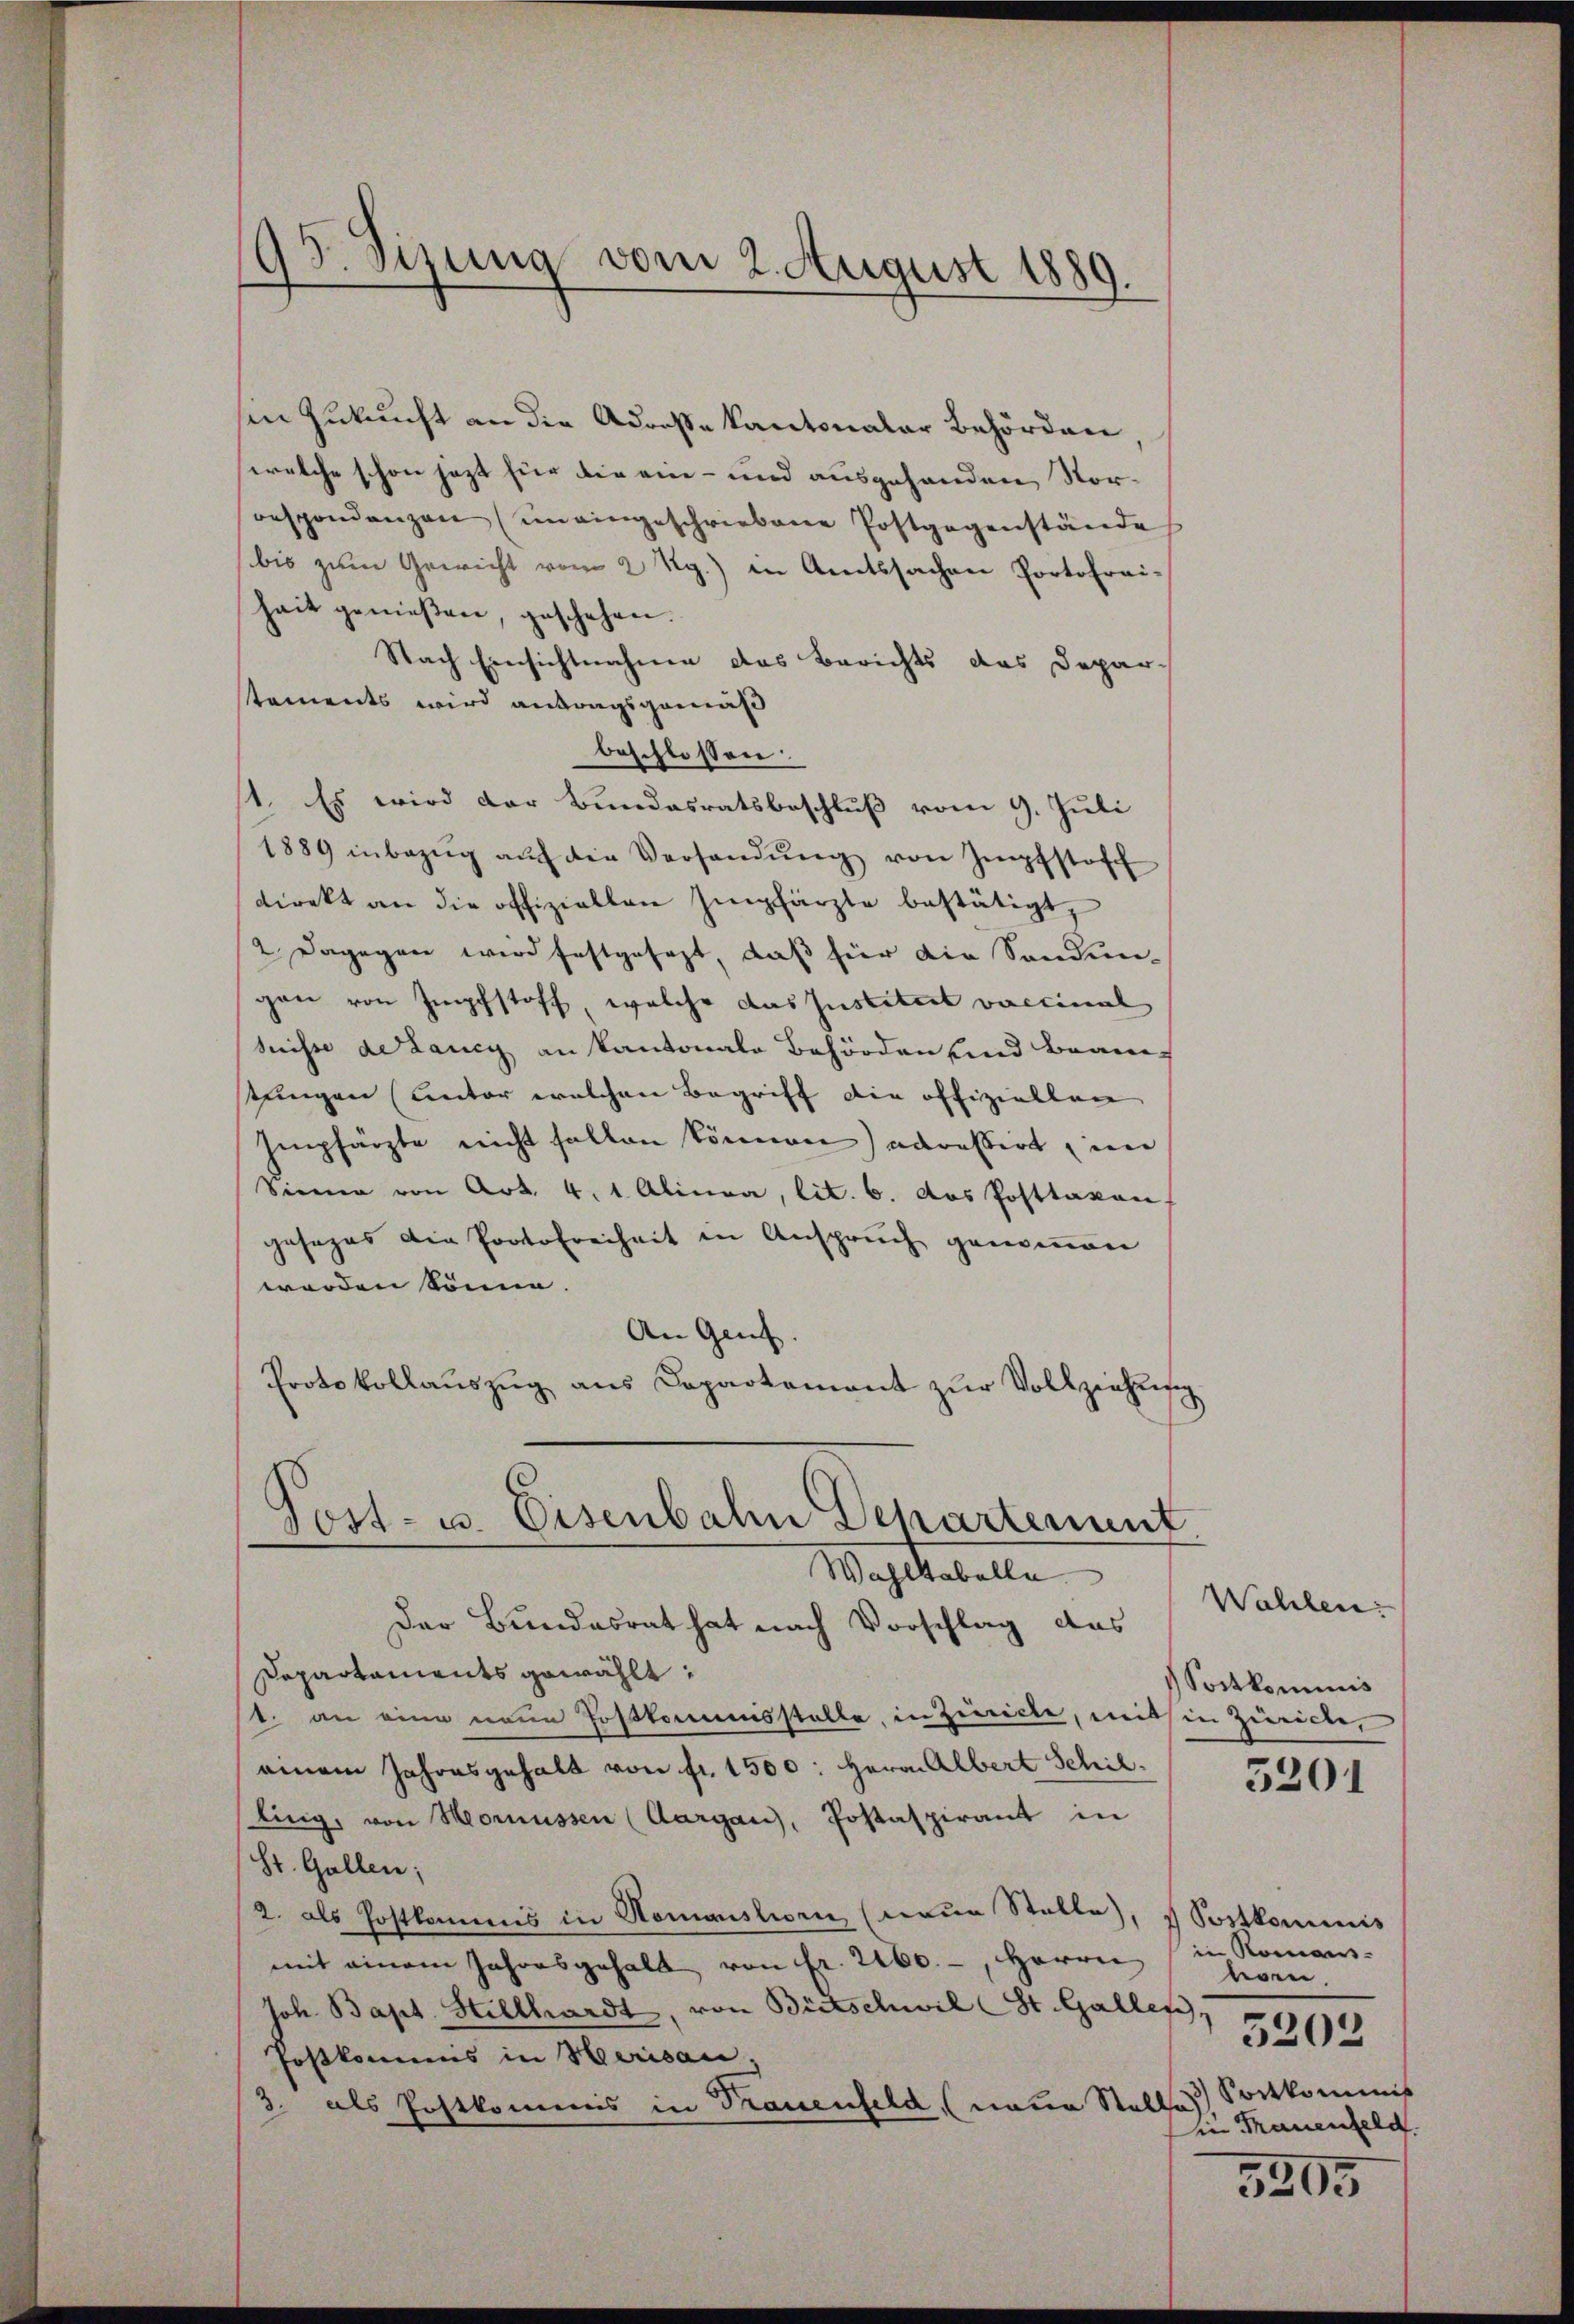
93. Sizung vom 2. August 1889.

sen Zukunft an die Adresse kantonaler Behörden
welche schon jezt für die ein- und ausgehanden, Voroespondenzen (im eingeschriebene Postgegenstände
bis zum Gewicht vom 2 Rg.) in Amtssachen Portofrei-
hait genießen, geschehen.
Nach Einsichtnahme das Berichts das Deparstaments wird antragsgemäß
beschlossen:
1. Es wird der Bundesratsbeschluß vom 9. Juli
1889 inbezŭg aŭf die Versandŭng von Impfstoff
direkt an die offiziellen Empfärzte bestätigt,
2. Dagegen wird festgesezt, daß für die Sondungan von Impfstoff welche das Institut vaccinal
Suisse dedancy an Kantonale Behörden und Bran
stungen (unter welchen Begriff die offiziellen
Empfärzte nicht sollen können) adressirt, im
Sinne von Art. 4. 1. Alinea, lit. 6. Das Posttaxen,
gesezes die Protofreiheit in Anspruch genoṁen
worden könne.
An Genf.
Protokollaŭszŭg ans Capartamant zŭr Vollziehung
Sost- u. Eisenbahn Departement
Mahlestelle
Der Bundesrat hat nach Vorschlag das
Departaments gewählt,
st. an eine neue Postkommisstelle, in Zürich, mit in Zürich,
einem Jahresgehalt von fr. 1500: Herrn Albert Schil-
ling, von Mornüssen (Aargau, Postaspirant in
St. Gallen;
2. als Postkommis in Nomanslien, (neue Stelle, Sostkommis
mit einem Jahresgehalt von Fr. 2460.-, Herrn in Romans-
Joh. Bapt. Hillhardt, von Bütschwil St. Gallen,
Postkommis in Herisau.
3. als Postkommis in Trauenfeld, (naten Stelle

Wahlen:
Sostkommnis

5201

vom
5202
Sortkommis
in Frauenfeld.

5205